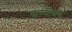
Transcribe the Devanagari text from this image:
जन्‍मसिद्ध